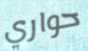
حواري